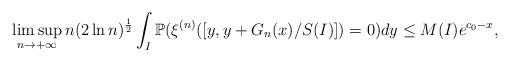
LaTeX: \begin{align*}&\limsup_{n\to+\infty}n(2\ln n)^{\frac{1}{2}}\int_{I}\mathbb{P}(\xi^{(n)}([y,y+G_n(x)/S(I)])=0)dy\leq M(I)e^{c_0-x},\end{align*}